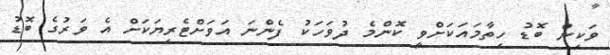
ވަކިން ބޮޑު ހިތާމައަކަށްވީ ކޮންމެ ދުވަހަކު ފެންނަ އަވަށްޓެރިޔަކަށް އެ ވަރުގެ ބޮޑު